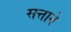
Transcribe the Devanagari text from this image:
सत्ताने